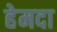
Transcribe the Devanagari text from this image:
हेमदा